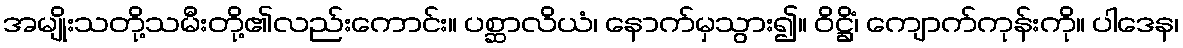
အမျိုးသတို့သမီးတို့၏လည်းကောင်း။ ပစ္ဆာလိယံ၊ နောက်မှသွား၍။ ဝိဋ္ဌိံ၊ ကျောက်ကုန်းကို။ ပါဒေန၊